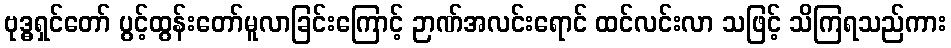
ဗုဒ္ဓရှင်တော် ပွင့်ထွန်းတော်မူလာခြင်းကြောင့် ဉာဏ်အလင်းရောင် ထင်လင်းလာ သဖြင့် သိကြရသည်ကား